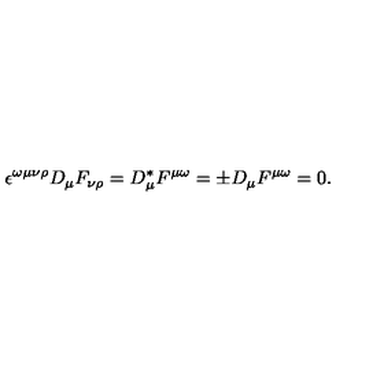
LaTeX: \epsilon ^ { \omega \mu \nu \rho } D _ { \mu } F _ { \nu \rho } = D _ { \mu } ^ { * } F ^ { \mu \omega } = \pm D _ { \mu } F ^ { \mu \omega } = 0 .